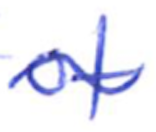
Text: of
Cross-out: wave
Writing tool: ballpoint